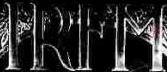
IRFM